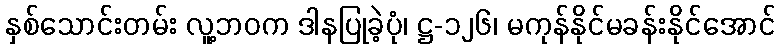
နှစ်သောင်းတမ်း လူ့ဘဝက ဒါနပြုခဲ့ပုံ၊ ဋ္ဌ-၁၂၆၊ မကုန်နိုင်မခန်းနိုင်အောင်